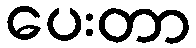
ပေးတာ